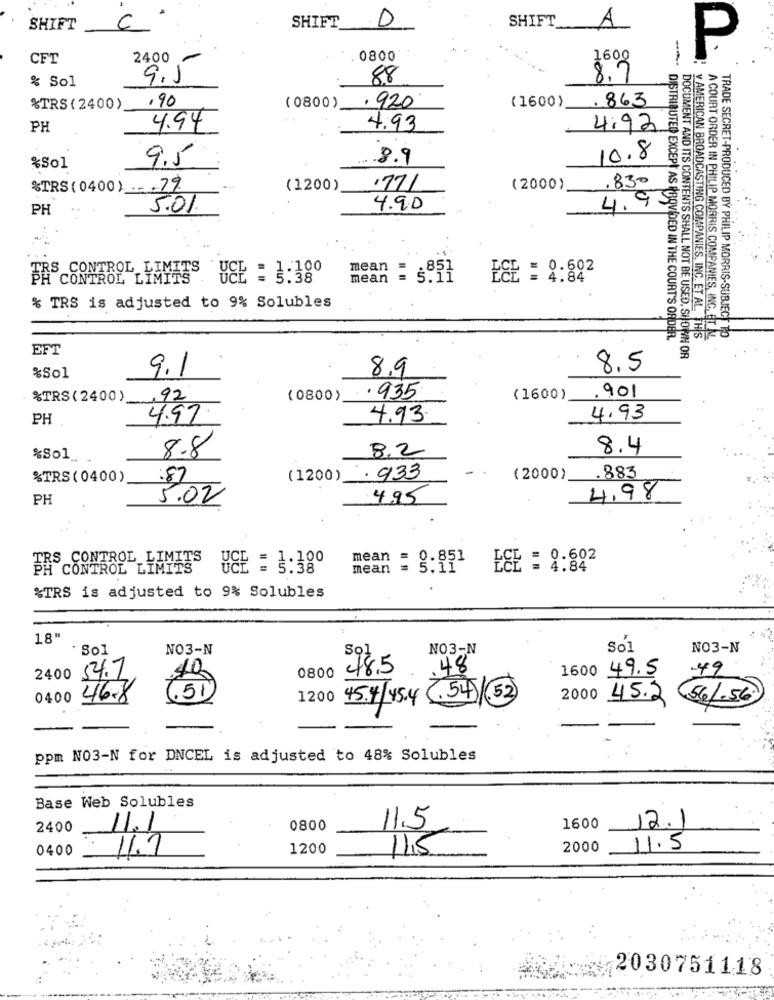
SHIFT_
D
SHIFT
A
SHIFT
C
CFT
2400
0800
P
--
% Sol
9.1
88
3.09
,90
(1600)
.863
%TRS ( 2400)
( 0800)
. 920
PH
4.94
4.93
4.92
8.9
10.8
%Sol
9.5
%TRS (0400). 79
(1200)
.771
(2000)
.830
4.9 50
PH
5.01.
4.90
CONTROL LIMITS
mean
£££ = 0.602
PA CONTROL LIMITS
VEE : 3:380
mean
% TRS is adjusted to 9% Solubles
DISTRIBUTED EXCEPT AS PROVIDED IN THE COURT'S ORDER.
v AMERICAN BROADCASTING COMPANIES, INC. ET AL. HS
A COURT ORDER IN PHILIP MORRIS COMPANIES, INC.ETL
TRADE SECRET-PRODUCED BY PHILIP MORRIS-SUBJECT TO
EFT
DOCUMENT AND ITS CONTENTS SHALL NOT BE USED, SHOWN OR
9.1
8,9
8.5
%So1
%TRS( 2400)
,92
(0800)
.935
(1600)
.901
PH
4.97
4.93
4.93
8.2
8.4
%Sol_
8.8
%TRS ( 0400)
.87
(1200)
. 933
(2000)
.883
PH
5.02
4.95
4,98
RS CONTROL LIMITS
mean
EEE = 0.602
CONTROL LIMITS'
mean
8:31
4.84
%TRS is adjusted to 9% Solubles
18'
· Sol
NO3-N
NO3-N
Sol
NO3-N
40
98.5
48
1600 49.5
49
2400
54.7
0800
5
0400
46.8
1200 45.4/45.4
6.54)
(52)
2000 45.2
54.1.56
ppm NO3-N for DNCEL is adjusted to 48% Solubles
Base Web Solubles
2400
11.1
0800
11.5
1600
12.1
0400
11.7
1200
11,5
2000
11.5
2030751118